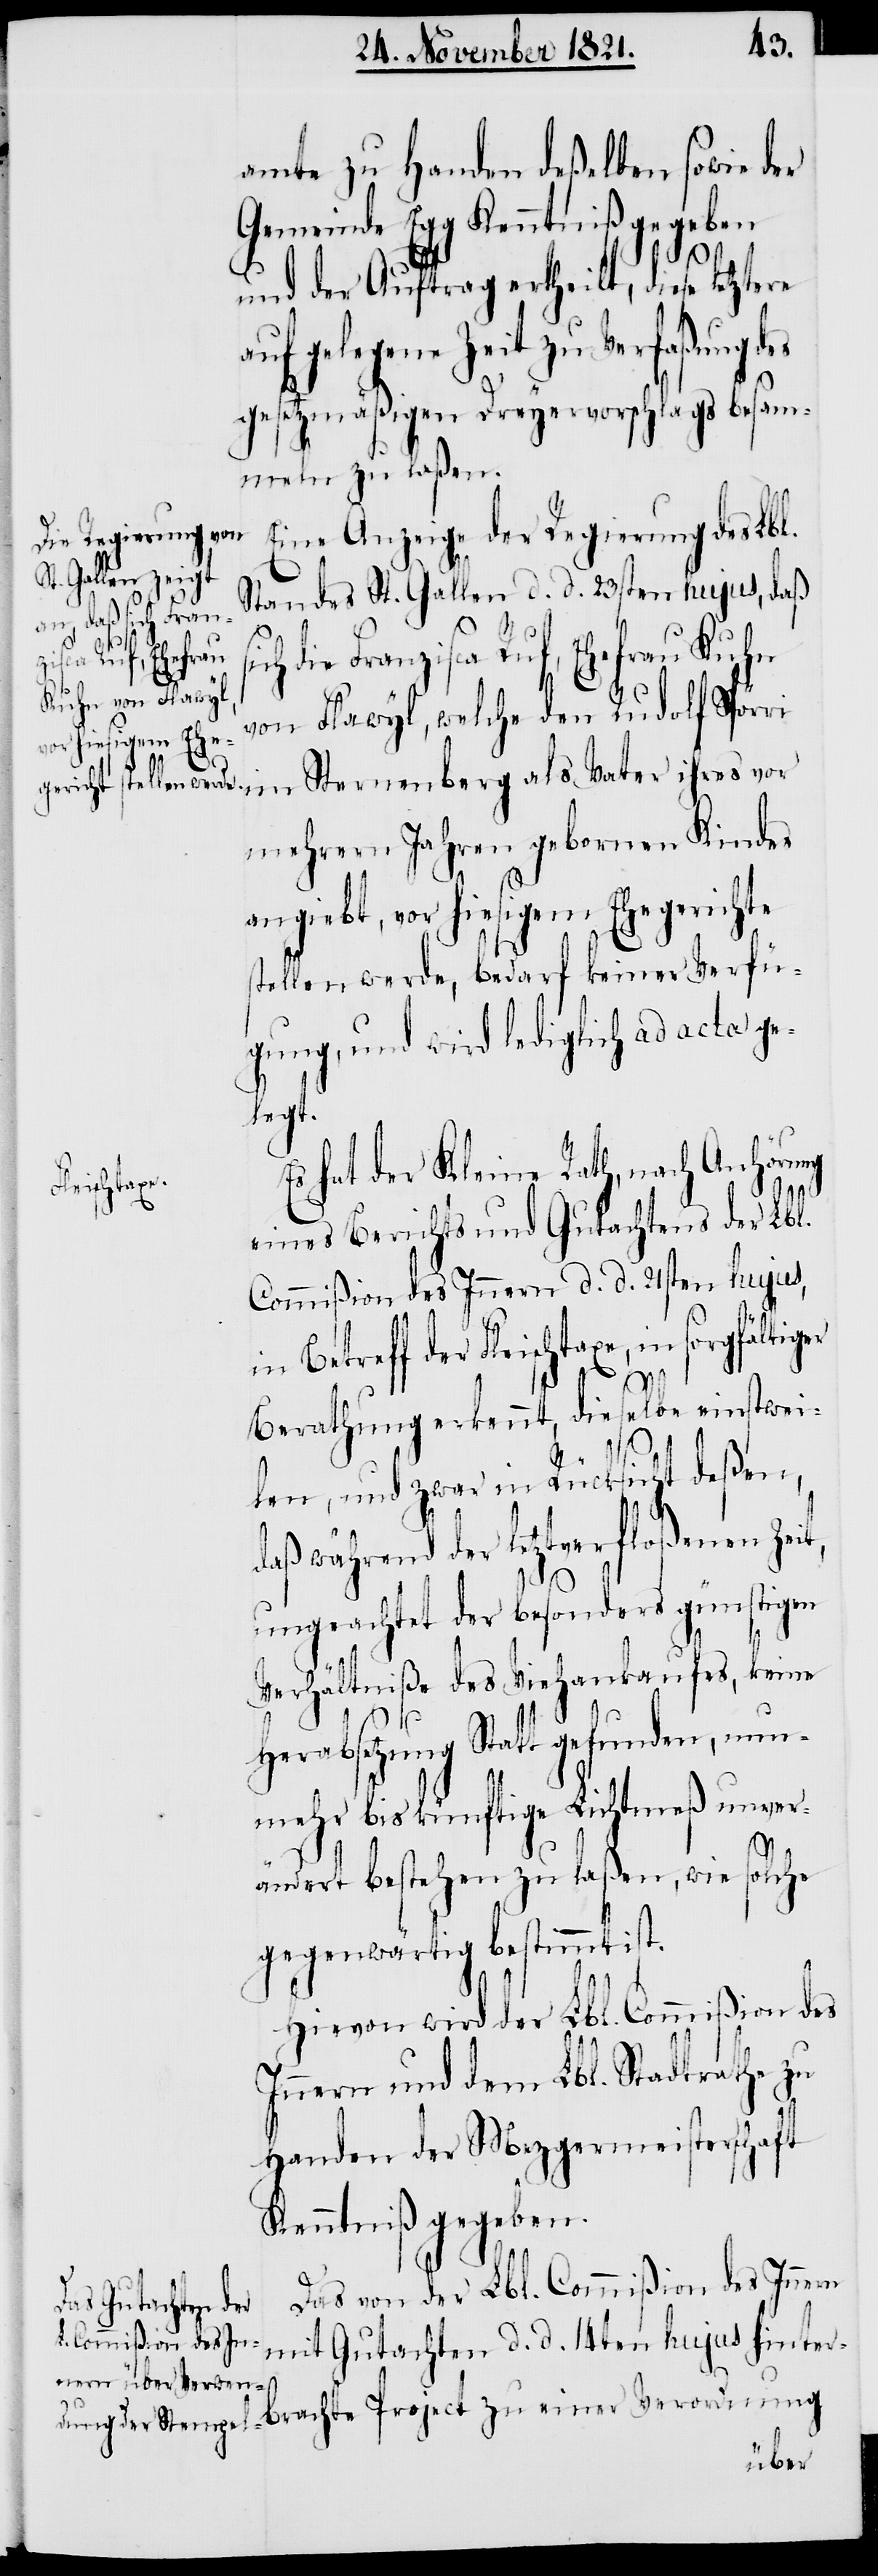
amte zu Handen deßelben sowie der
Gemeinde Egg Kenntniß gegeben
und der Auftrag ertheilt, diese letztere
auf gelegene Zeit zu Verfaßung des
gesetzmäßigen Dreyervorschlags besam¬
meln zu laßen.
Eine Anzeige der Regierung des Lbl.
Standes St. Gallen d. d. 23sten hujus, daß
in sorgfältiger
roject zu einer Verordnung
t,
von Flawyl, welche den Rudolf Spörri
mehrern Jahren gebornen Kindes
angiebt, vor hiesigem Ehegerichte
stellen werde, bedarf keiner Verfü¬
gung, und wird lediglich ad acta ge¬
legt.
hat der Kleine Rath, nach Anhörung
brachte P¬
eines Berichts und Gutachtens der Lbl.
Commißion des Innern d. d. 21sten hujus,
Berathung erkennt, dieselbe einstwei¬
len, und zwar in Rücksicht deßen,
daß während der letztverfloßenen Zei¬
ungeachtet der besonders günstigen
Verhältniße des Viehankaufes, keine
Herabsetzung Statt gefunden, nun¬
mehr bis künftige Lichtmeß unver¬
ändert bestehen zu laßen, wie solche
gegenwärtig bestimmt ist.
Hievon wird der Lbl. Commißion des
Innern und dem Lbl. Stadtrathe zu
Handen der Mezgermeisterschaft
Kenntniß gegeben.
Das von der Lbl. Commißion des Innern
mit Gutachten d. d. 14ten hujus hinter¬